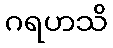
ဂရဟသိ